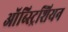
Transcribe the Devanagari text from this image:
ऑब्स्ट्रिशियन